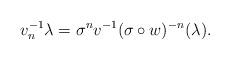
LaTeX: \begin{align*}v_n^{-1}\lambda = \sigma^n v^{-1}(\sigma\circ w)^{-n}(\lambda).\end{align*}